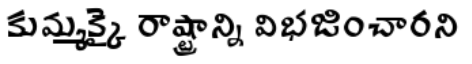
కుమ్మక్కై రాష్ట్రాన్ని విభజించారని